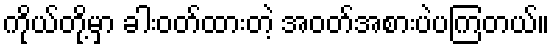
ကိုယ်တို့မှာ ခါးဝတ်ထားတဲ့ အဝတ်အစားပဲပကြတယ်။